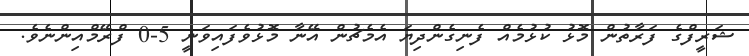
ޝަރީފްގެ ފަރާތުން މޮޅު ކުޅުމެއް ފެނިގެންދިޔަ އެމެޗުން އޭނާ މޮޅުވެފައިވަނީ 5-0 ފްރޭމްއިންނެވެ.